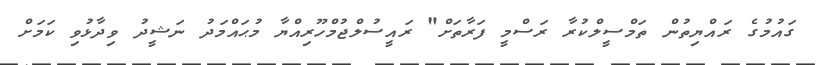
ގައުމުގެ ރައްޔިތުން ތަމްސީލްކުރާ ރަސްމީ ފަރާތަށް" ރައީސުލްޖުމްހޫރިއްޔާ މުޙައްމަދު ނަޝީދު ވިދާޅުވި ކަމަށް